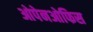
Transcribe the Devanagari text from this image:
ओपेनओफिस